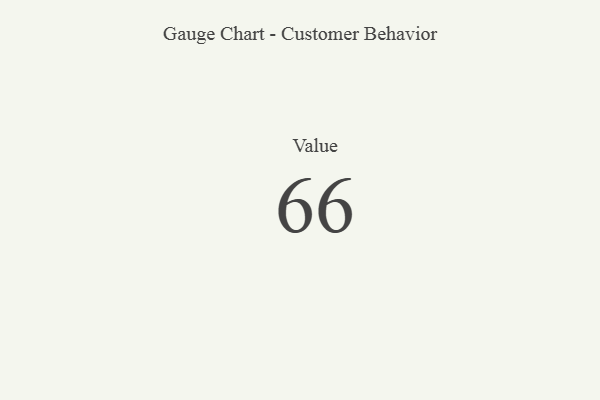
{"axis": {"x": "Metric", "y": "Value"}, "legend": [""], "data": [{"x": "Value", "y": 66, "type": ""}]}